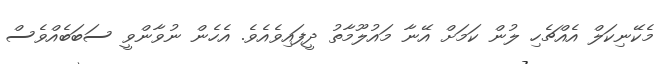
މެކޭނިކަލް އެއްޗެހި ލުން ކަމަށް އޭނާ މައުލޫމާތު ދީފައިވެއެވެ. އެހެން ނުވާންވީ ސަބަބެއްވެސް